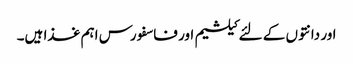
اور دانتوں کے لئے کیلشیم اور فاسفورس اہم غذا ہیں۔